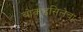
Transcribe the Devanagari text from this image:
बोकडसिलेचा